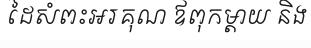
ដៃសំពះអរគុណ ឪពុកម្តាយ និង